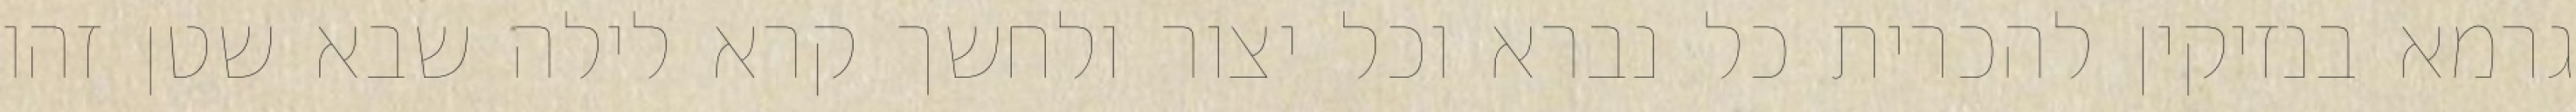
גרמא בנזיקין להכרית כל נברא וכל יצור ולחשך קרא לילה שבא שטן זהו